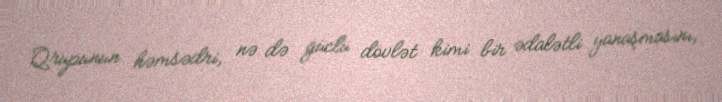
Qrupunun həmsədri, nə də güclü dövlət kimi bir ədalətli yanaşmasını,